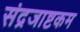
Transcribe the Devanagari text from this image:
संद्रजाष्टकम